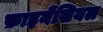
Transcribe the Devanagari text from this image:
फ़ाइनेंसियल